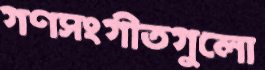
গণসংগীতগুলো